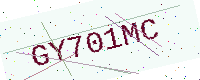
Text: GY701MC